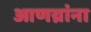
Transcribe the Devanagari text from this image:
आणय्रांना